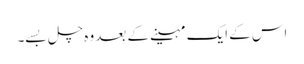
اس کے ایک مہینے کے بعد وہ چل بسے۔